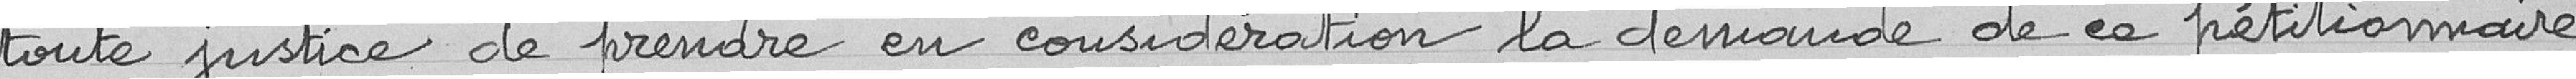
toute justice de prendre en considération la demande de ce pétitionnaire